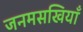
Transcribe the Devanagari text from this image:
जनमसखियाँ